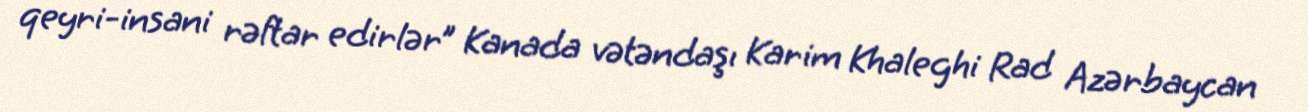
qeyri-insani rəftar edirlər” Kanada vətəndaşı Karim Khaleghi Rad Azərbaycan